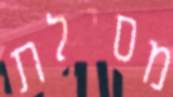
מסילת